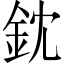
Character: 鈂